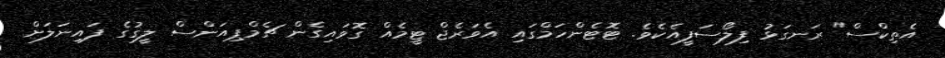
އެތިކްސް" ރަނގަޅު ފިލޯސަފީއެކެވެ. ޓޮޓެންހަމްގައި އެވަރެޖް ޓީމެއް ގޮވައިގެން ޗެމްޕިއަންސް ލީގުގެ ފައިނަލަށް